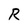
Character: R